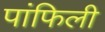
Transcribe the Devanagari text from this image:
पांफिली